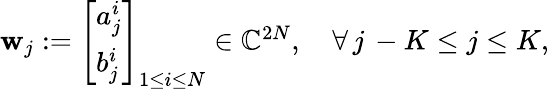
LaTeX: \begin{array}{r}{\mathbf{w}_{j}:=\left[\begin{array}{l}{a_{j}^{i}}\\ {b_{j}^{i}}\end{array}\right]_{1\leq i\leq N}\in\mathbb{C}^{2N},\quad\forall\, j\, -K\leq j\leq K,}\end{array}